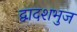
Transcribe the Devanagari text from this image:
द्वादशभुज